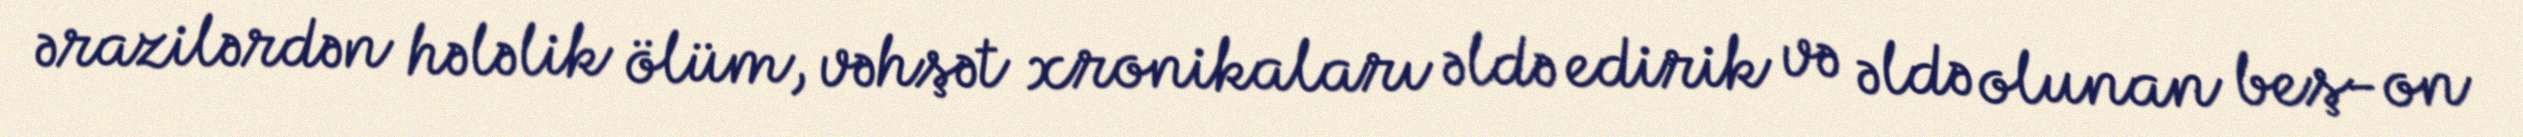
ərazilərdən hələlik ölüm, vəhşət xronikaları əldə edirik və əldə olunan beş-on